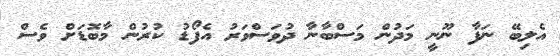
އެލިބޭ ނަފާ ނޫނީ މަދުން މަސްބާނާ ދުވަސްވަރު އެފޯޑު ކުރުން މާބޮޑަށް ވެސް